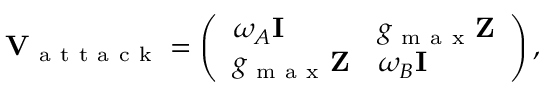
\mathbf { V } _ { \mathrm { ~ a ~ t ~ t ~ a ~ c ~ k ~ } } = \left( \begin{array} { l l } { \omega _ { A } \mathbf { I } } & { g _ { \mathrm { ~ m ~ a ~ x ~ } } \mathbf { Z } } \\ { g _ { \mathrm { ~ m ~ a ~ x ~ } } \mathbf { Z } } & { \omega _ { B } \mathbf { I } } \end{array} \right) ,